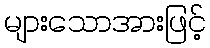
များသောအားဖြင့်